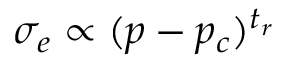
\sigma _ { e } \propto ( p - p _ { c } ) ^ { t _ { r } }